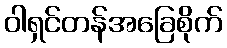
ဝါရှင်တန်အခြေစိုက်